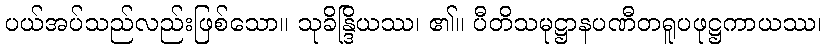
ပယ်အပ်သည်လည်းဖြစ်သော။ သုခိန္ဒြိယဿ၊ ၏။ ပီတိသမုဋ္ဌာနပဏီတရူပဖုဋ္ဌကာယဿ၊